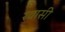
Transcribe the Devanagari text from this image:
रयासी